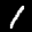
Label: 1